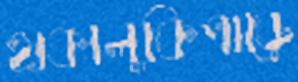
হাকালুকিপাড়ে